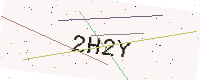
Text: 2H2Y